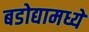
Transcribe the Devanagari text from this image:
बडोद्यामध्ये